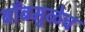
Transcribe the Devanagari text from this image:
बाँबमुळेच